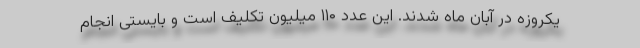
یکروزه در آبان ماه شدند. این عدد ۱۱۰ میلیون تکلیف است و بایستی انجام